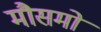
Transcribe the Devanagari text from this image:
मौसमो